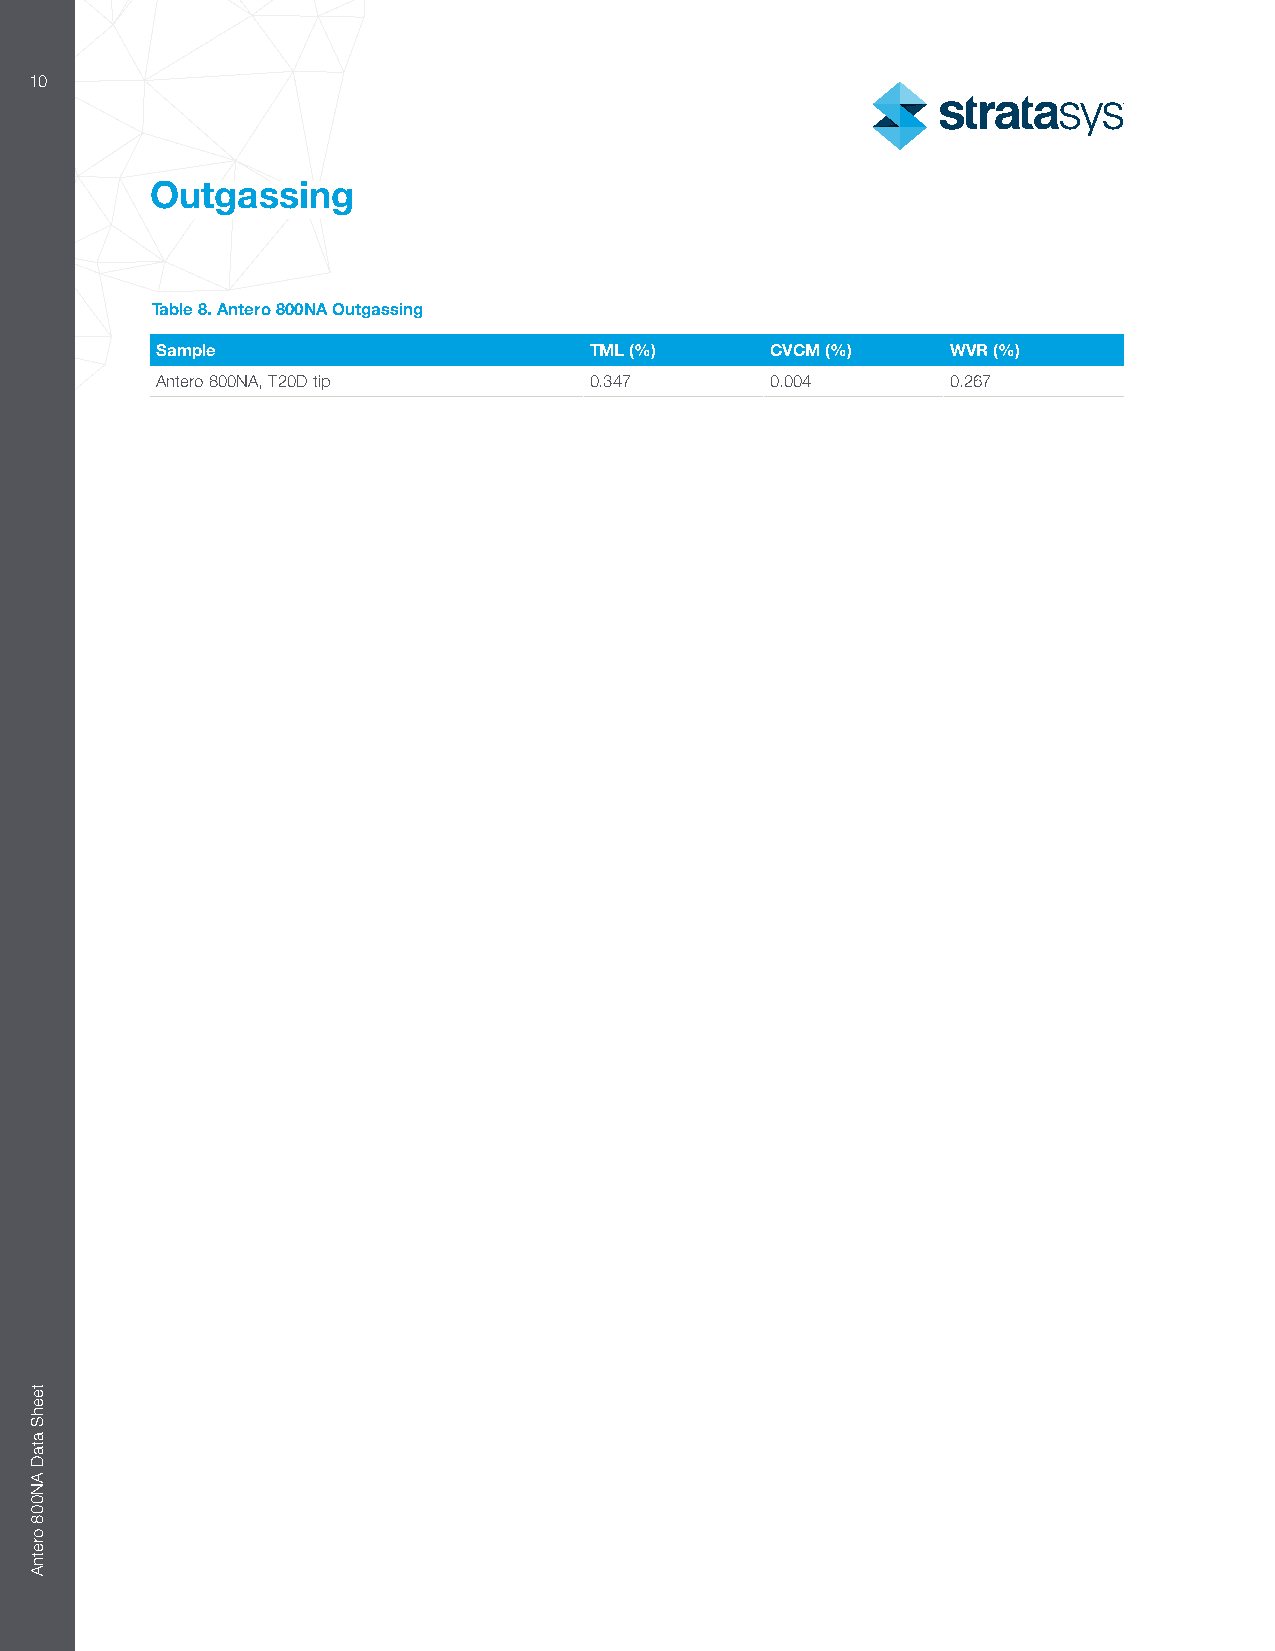
10
 Outgassing
 Table 8. Antero 800NA Outgassing
 Sample                       TML (%)     CVCM (%)    WVR (%)
 Antero 800NA, T20D tip       0.347       0.004       0.267
 teehS
 ataD
 AN008
 oretnA